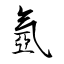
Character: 氬